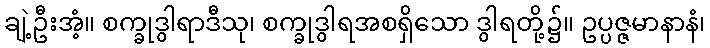
ချဲ့ဦးအံ့။ စက္ခုဒွါရာဒီသု၊ စက္ခုဒွါရအစရှိသော ဒွါရတို့၌။ ဥပ္ပဇ္ဇမာနာနံ၊